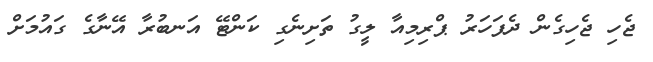
ޖެހި ޖެހިގެން ދެފަހަރު ޕްރިމިއާ ލީގު ތަށިނެގި ކަންޓޭ އަނބުރާ އޭނާގެ ގައުމަށް